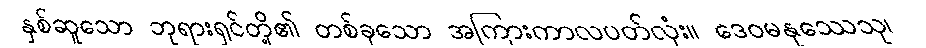
နှစ်ဆူသော ဘုရားရှင်တို့၏ တစ်ခုသော အကြားကာလပတ်လုံး။ ဒေဝမနုဿေသု၊